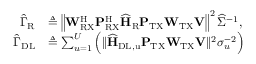
\begin{array} { r l } { \widehat { { \Gamma } } _ { \mathrm { R } } } & { \triangleq \left\| \mathbf { W } _ { \mathrm { R X } } ^ { \mathrm { H } } \mathbf { P } _ { \mathrm { R X } } ^ { \mathrm { H } } \widehat { \mathbf { H } } _ { \mathrm { R } } \mathbf { P } _ { \mathrm { T X } } \mathbf { W } _ { \mathrm { T X } } \mathbf { V } \right\| ^ { 2 } \widehat { \Sigma } ^ { - 1 } , } \\ { \widehat { { \Gamma } } _ { \mathrm { D L } } } & { \triangleq \sum _ { u = 1 } ^ { U } \Big ( \| \widehat { \mathbf { H } } _ { \mathrm { D L , u } } \mathbf { P } _ { \mathrm { T X } } \mathbf { W } _ { \mathrm { T X } } \mathbf { V } \| ^ { 2 } \sigma _ { u } ^ { - 2 } \Big ) } \end{array}